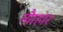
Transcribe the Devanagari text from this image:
त्यैाहार